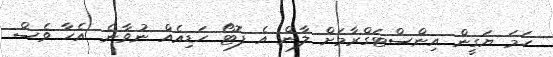
ހަމަ ޔަގީން އިންސްޓަގްރާމަށް ލާން އެ ފޮޓޯ ހަޑިއެއް ނުވާނެ. އެހާ ވެސް